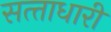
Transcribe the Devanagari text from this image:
सत्‍ताधारी